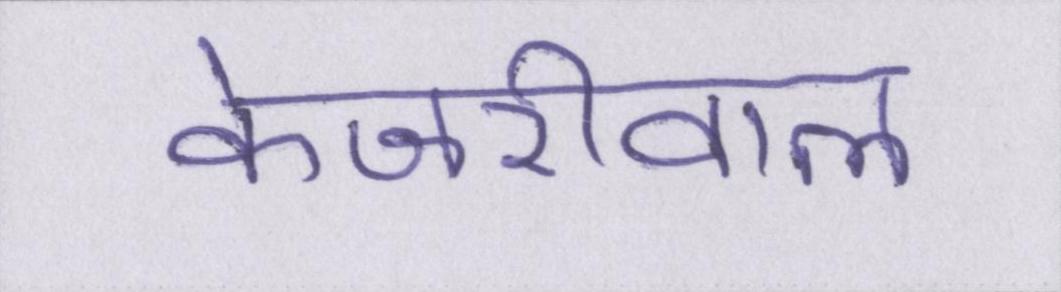
केजरीवाल